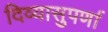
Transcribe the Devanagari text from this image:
दिव्यासुपर्णा